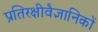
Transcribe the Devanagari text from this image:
प्रतिरक्षीवैज्ञानिकों